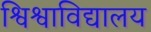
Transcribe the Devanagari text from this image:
श्विश्वाविद्यालय